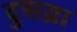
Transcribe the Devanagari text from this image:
दुसय्रा